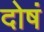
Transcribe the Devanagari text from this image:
दोषं